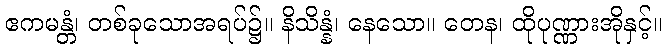
ဧကမန္တံ၊ တစ်ခုသောအရပ်၌။ နိသိန္နံ၊ နေသော။ တေန၊ ထိုပုဏ္ဏားအိုနှင့်။